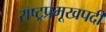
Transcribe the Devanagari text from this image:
राष्ट्रप्रमूखपदी